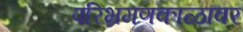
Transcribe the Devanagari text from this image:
परिभ्रमणकाळावर